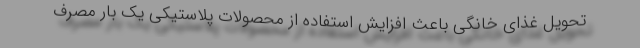
تحویل غذای خانگی باعث افزایش استفاده از محصولات پلاستیکی یک بار مصرف